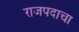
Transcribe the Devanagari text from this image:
राजपदाचा